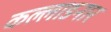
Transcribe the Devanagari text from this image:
कल्लाडनार